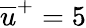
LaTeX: \overline{{u}}^{+}=5